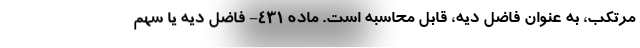
مرتکب، به عنوان فاضل دیه، قابل محاسبه است. ماده ۴۳۱- فاضل دیه یا سهم